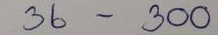
36 - 300